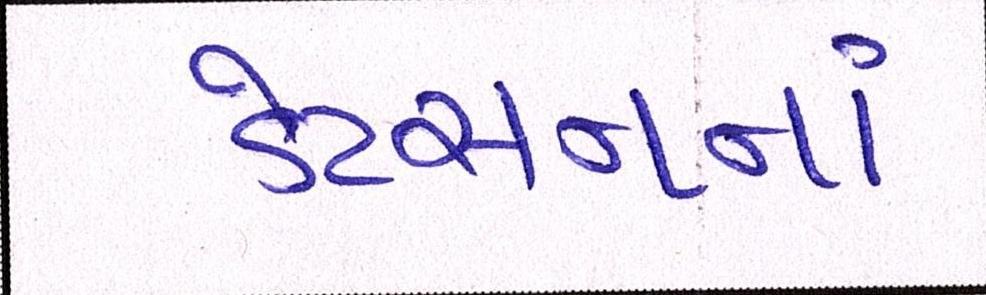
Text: ડેટસનનાં